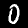
Digit: 0